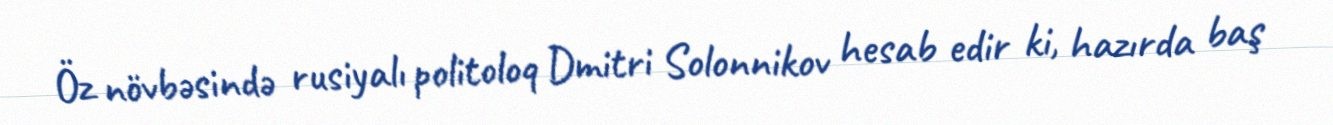
Öz növbəsində rusiyalı politoloq Dmitri Solonnikov hesab edir ki, hazırda baş